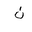
Letter: _non